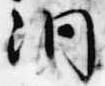
洞